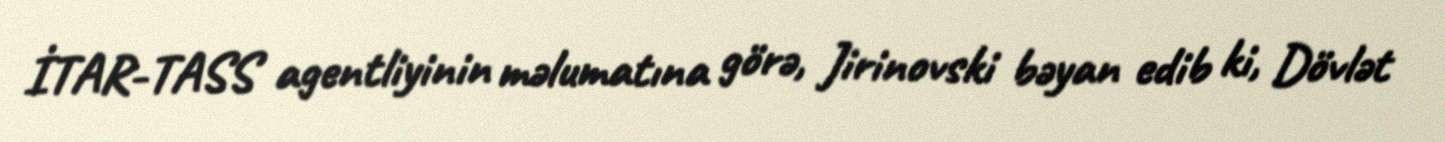
İTAR-TASS agentliyinin məlumatına görə, Jirinovski bəyan edib ki, Dövlət